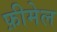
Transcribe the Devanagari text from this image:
फ़ीमेल